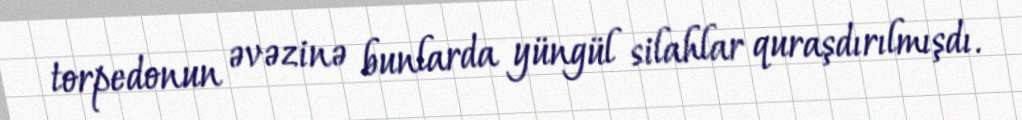
torpedonun əvəzinə bunlarda yüngül silahlar quraşdırılmışdı.